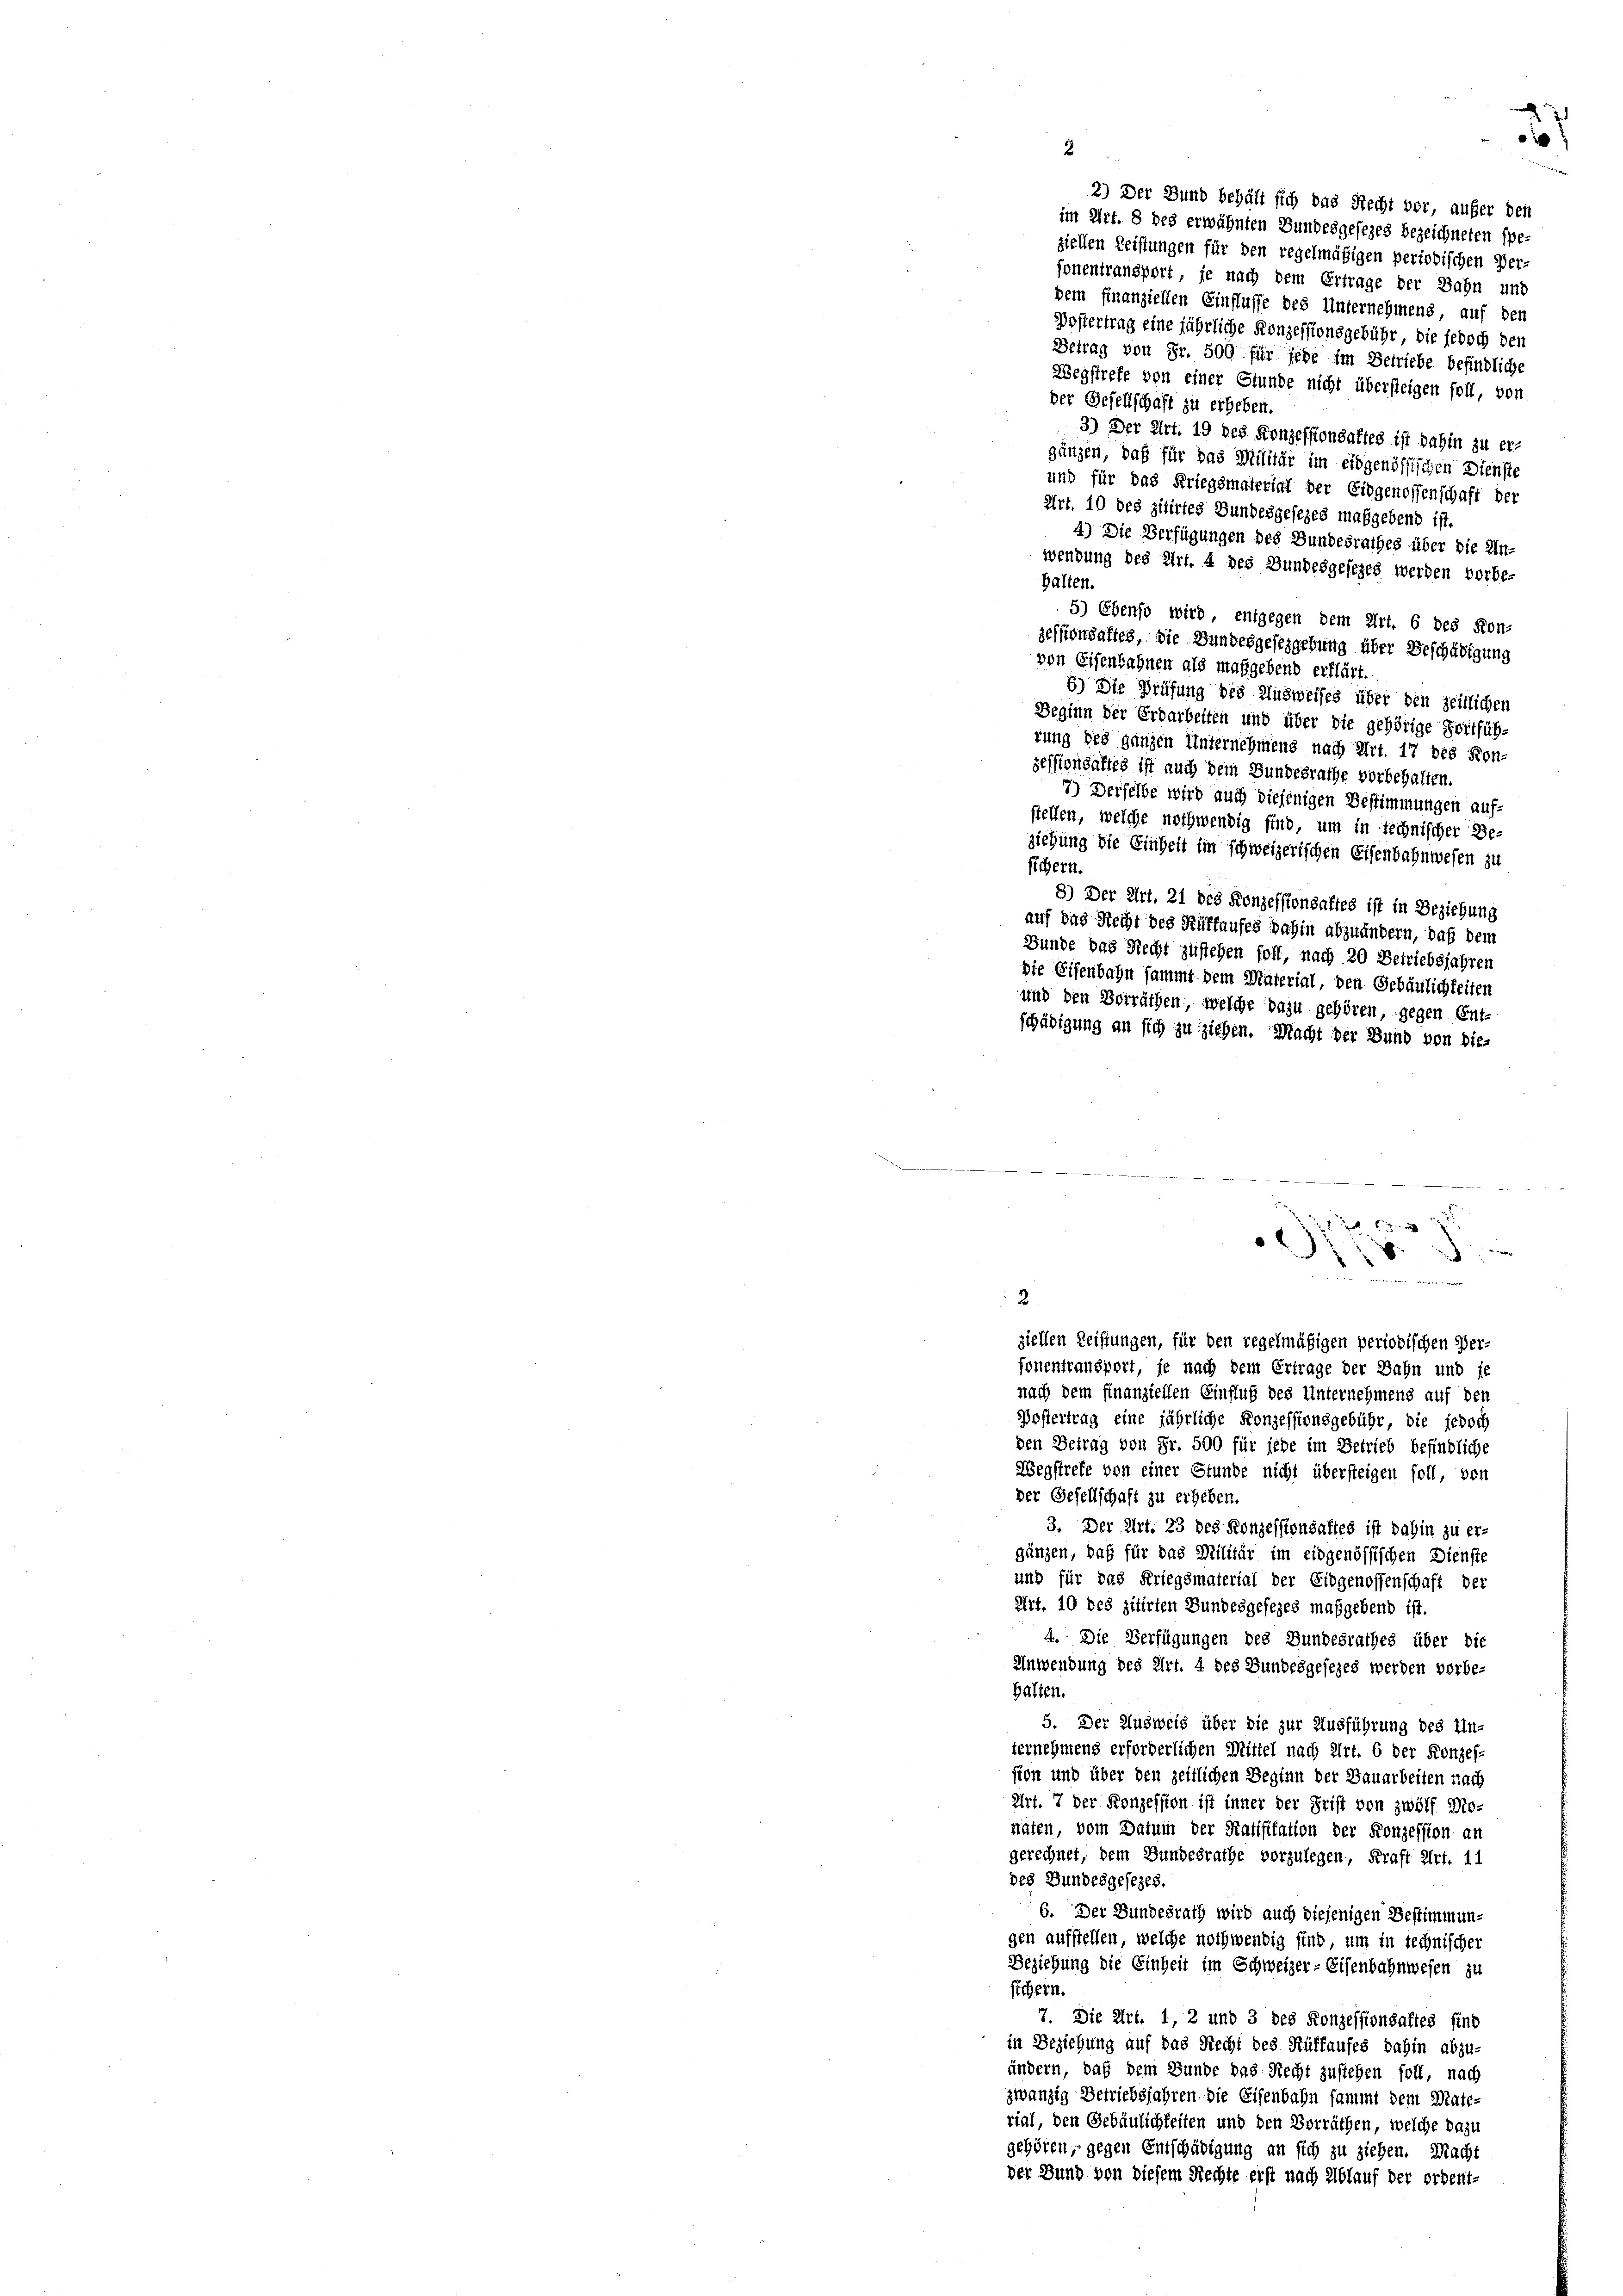
2) Der Bund behält sich das Recht vor, aufer den
im Art. 8 des erwähnten Bundesgesezes bezeichneten spe-
ziellen Leistungen für den regelmäßigen periodischen Verfonentransport, je nach dem Ertrage der Bahn unt
dem finanziellen Einflusse des Unternehmens, auf den

2

e

Postertrag eine jährliche Konzessionsgebühr, die jedoch den
Betrag von Fr. 500 für jede im Betriebe befindliche
Wegstrefe von einer Stunde nicht übersteigen soll, von
der Gesellschaft zu erheben.
3) Der Art. 19 des Konzessionsaltes ist dahin zu er-
gänzen, daß für das Militär im eidgenössischen Dienste
und für das Kriegsmateriat der Eidgenossenschaft der
Art. 10 des zitirtes Bundesgesezes maßgebend ist.
4) Die Verfügungen des Bundesrathes über die Un-
wendung des Art. 4 des Bundesgesezes werden vorbe-
Halten.
5) Ebenso wird, entgegen dem Art. 6 des Kon-
zessionsaftes, die Bundesgesetzgebung über Beschädigung
von Eisenbahnen als maßgebend erklärt.
6.) Die Prüfung des Ausweises über den zeitlichen
Beginn der Erdarbeiten und über die gehörige Fortführung des ganzen Unternehmens nach Art. 17 des Kon-
zessionsaltes ist auch dem Bundesrathe vorbehalten.
7) Derselbe wird auch diejenigen Bestimmungen auf-
stellen, welche nothwendig sind um in technischer Be-
ziehung die Einheit im schweizerischen Eisenbahnwesen zu
fichern.
8) Der Art. 21 des Konzessionsaltes ist in Beziehung
auf das Recht des Rüffaufes dahin abzuändern, daß dem
Bunde das Recht zustehen foll, nach 20 Betriebsjahren
Die Eisenbahn sammt dem Material, den Gebäulichkeiten
und den Vorräthen, welche dazu gehören, gegen Ent-
schädigung an sich zu ziehen. Macht der Bund von die-

.
“
)
 1
2
ziellen Leistungen, für den regelmäßigen periodischen Per-
fonentransport, je nach dem Ertrage der Bahn und je
nach dem finanziellen Einfluß des Unternehmens auf den
Postertrag eine jährliche Konzessionsgebühr, die jedoch
den Betrag von Fr. 500 für jede im Betrieb befindliche
Wegstrete von einer Stunde nicht übersteigen soll, von
der Gesellschaft zu erheben.
3. Der Art. 23 des Konzessionsaftes ist dahin zu er-
gängen, daß für das Militär im eidgenössischen Dienste
und für das Kriegsmaterial der Eidgenossenschaft der
Art. 10 des zitirten Bundesgesezes maßgebend ist.
4. Die Verfügungen des Bundesrathes über die
Anwendung des Art. 4 des Bundesgesezes werden vorbe-
halten.
5. Der Ausweis über die zur Ausführung des Un-
ternehmens erforderlichen Mittel nach Art. 6 der Konzes-
sion und über den zeitlichen Beginn der Bauarbeiten nach
Art. 7 der Konzession ist inner der Frist von zwölf Mo-
näten, vom Datum der Ratifikation der Konzession an
gerechnet, dem Bundesrathe vorzulegen, Kraft Art. 11
des Bundesgesezes.
6. Der Bundesrath wird auch diejenigen Bestimmung
gen aufstellen, welche nothwendig sind, um in technischer
Beziehung die Einheit im Schweizer-Eisenbahnwesen zu
Eichern.
7. Die Art. 1, 2 und 3 des Konzessionsaltes find
in Beziehung auf das Recht des Rüffaufes dahin abzu-
ändern, daß dem Bunde das Recht zustehen soll, nach
zwanzig Betriebsjahren die Eisenbahn sammt dem Mate-
rial, den Gebäulichkeiten und den Vorräthen, welche dazu
gehören, gegen Entschädigung an sich zu ziehen. Macht
der Bund von diesem Rechte erst nach Ablauf der ordent-